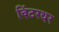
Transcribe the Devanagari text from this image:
विंटरथर